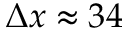
\Delta x \approx 3 4